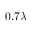
0 . 7 \lambda